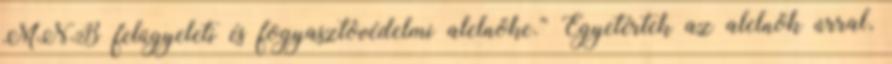
MNB felügyeleti és fogyasztóvédelmi alelnöke.” Egyetértek az alelnök úrral,